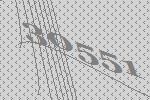
30551